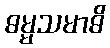
ဓမ္မသမာဓိ